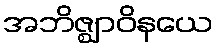
အဘိဇ္ဈာဝိနယေ